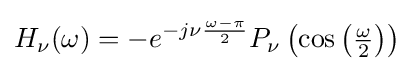
H_{\nu }(\omega )=-e^{-j\nu {\frac {\omega -\pi }{2}}}P_{\nu }\left(\cos \left({\tfrac {\omega }{2}}\right)\right)